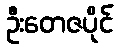
ဦးတေဇပိုင်